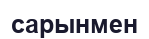
сарынмен